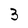
Character: 3